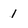
Character: 1